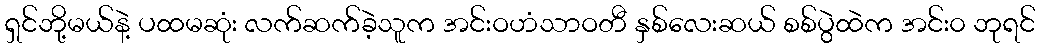
ရှင်ဘို့မယ်နဲ့ ပထမဆုံး လက်ဆက်ခဲ့သူက အင်းဝဟံသာဝတီ နှစ်လေးဆယ် စစ်ပွဲထဲက အင်း၀ ဘုရင်